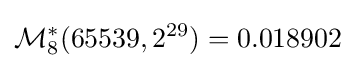
{\mathcal {M}}_{8}^{*}(65539,2^{29})=0.018902